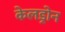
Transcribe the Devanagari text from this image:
केलड्रोन